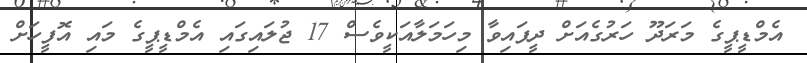
އެމްޑީޕީގެ މަރަދޫ ހަރުގެއަށް ދީފައިވާ މިހަމަލާއަކީވެސް 17 ޖުލައިގައި އެމްޑީޕީގެ މައި އޮފީހަށް